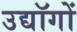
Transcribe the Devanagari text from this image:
उद्यॉगों